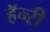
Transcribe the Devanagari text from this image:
हॅन्‍री